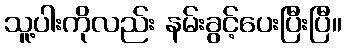
သူ့ပါးကိုလည်း နမ်းခွင့်ပေးပြီးပြီ။